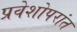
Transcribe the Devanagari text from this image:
प्रवेशोपरांत